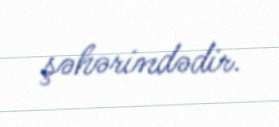
şəhərindədir.